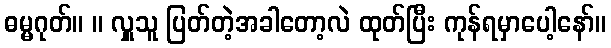
ဓမ္မဂုတ်။ ။ လှူသူ ပြတ်တဲ့အခါတော့လဲ ထုတ်ပြီး ကုန်ရမှာပေါ့နော်။